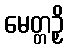
မေတ္တဉှိ